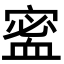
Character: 𡪖